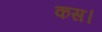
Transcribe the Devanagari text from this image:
कस।